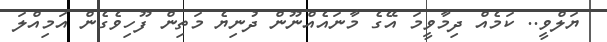
ޔަލްވީ.. ކަމެއް ދިމާވީމަ އޭގެ މާނައެއްނޫން ދުނިޔެ މަތިން ފޫހިވެގެން އަމިއްލަ